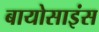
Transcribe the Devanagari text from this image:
बायोसाइंस